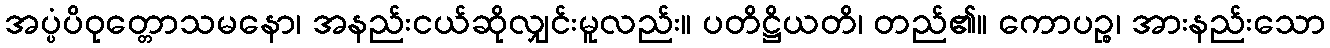
အပ္ပံပိဝုတ္တောသမနော၊ အနည်းငယ်ဆိုလျှင်းမူလည်း။ ပတိဋ္ဌိယတိ၊ တည်၏။ ကောပဉ္စ၊ အားနည်းသော